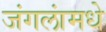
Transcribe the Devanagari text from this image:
जंगलांमधे